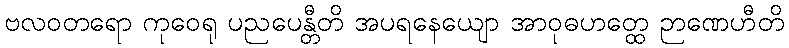
ဗလဝတရော ကုဝေရု ပညပေန္တီတိ အပရနေယျော အာဝုဓဟတ္ထေ ဉာဏေဟီတိ